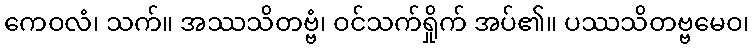
ကေဝလံ၊ သက်။ အဿသိတဗ္ဗံ၊ ဝင်သက်ရှိုက် အပ်၏။ ပဿသိတဗ္ဗမေဝ၊